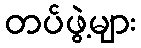
တပ်ဖွဲ့များ